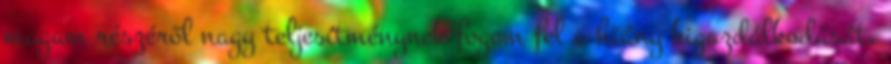
magam részéről nagy teljesítménynek fogom fel a hiány kigazdálkodását.